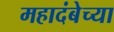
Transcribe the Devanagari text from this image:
महादंबेच्या